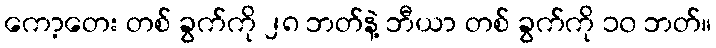
ကော့တေး တစ် ခွက်ကို ၂၈ ဘတ်နဲ့ ဘီယာ တစ် ခွက်ကို ၁၀ ဘတ်။